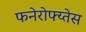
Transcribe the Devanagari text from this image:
फनेरोफ्य्तेस